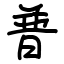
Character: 普